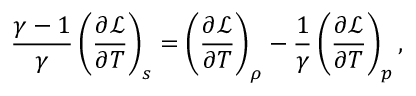
\frac { \gamma - 1 } { \gamma } \left( \frac { \partial \mathcal { L } } { \partial T } \right) _ { s } = \left( \frac { \partial \mathcal { L } } { \partial T } \right) _ { \rho } - \frac { 1 } { \gamma } \left( \frac { \partial \mathcal { L } } { \partial T } \right) _ { p } ,